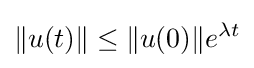
\|u(t)\|\leq \|u(0)\|e^{\lambda t}